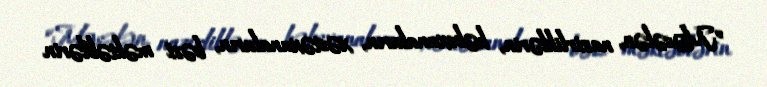
“Məsələn, nazirliklərin, həbsxanaların, xəstəxanaların, bəzi məktəblərin